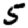
Digit: 5